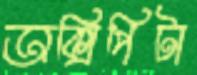
অক্সিপিটা